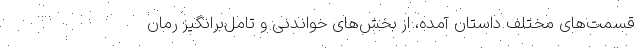
قسمت‌های مختلف داستان آمده، از بخش‌های خواندنی و تامل‌برانگیز رمان